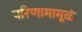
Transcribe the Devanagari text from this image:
परिणामामूळे